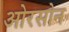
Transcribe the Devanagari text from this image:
ओरसोन